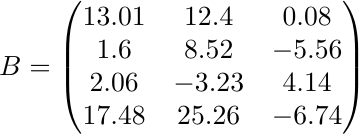
\begin{align*}
B  = \begin{pmatrix}13.01 & 12.4& 0.08 \\ 1.6 & 8.52 & -5.56 \\ 2.06 & -3.23 & 4.14 \\ 17.48 & 25.26 & -6.74\end{pmatrix}
\end{align*}